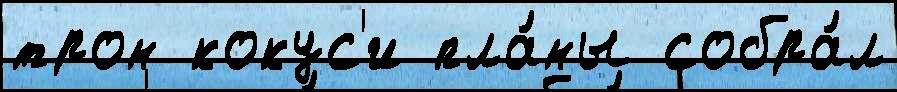
трон кокус'и пла́ны собра́л